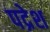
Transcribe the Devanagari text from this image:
पद्रेश